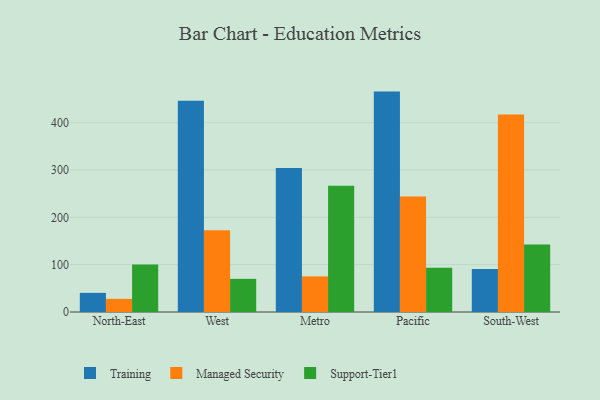
{"axis": {"x": "Region", "y": "Revenue (USD Million)"}, "legend": ["Managed Security", "Support-Tier1", "Training"], "data": [{"x": "North-East", "y": 40.4, "type": "Training"}, {"x": "North-East", "y": 27.8, "type": "Managed Security"}, {"x": "North-East", "y": 100.1, "type": "Support-Tier1"}, {"x": "West", "y": 446.0, "type": "Training"}, {"x": "West", "y": 172.5, "type": "Managed Security"}, {"x": "West", "y": 70.0, "type": "Support-Tier1"}, {"x": "Metro", "y": 303.9, "type": "Training"}, {"x": "Metro", "y": 75.2, "type": "Managed Security"}, {"x": "Metro", "y": 266.6, "type": "Support-Tier1"}, {"x": "Pacific", "y": 465.5, "type": "Training"}, {"x": "Pacific", "y": 244.2, "type": "Managed Security"}, {"x": "Pacific", "y": 93.4, "type": "Support-Tier1"}, {"x": "South-West", "y": 90.6, "type": "Training"}, {"x": "South-West", "y": 417.3, "type": "Managed Security"}, {"x": "South-West", "y": 142.4, "type": "Support-Tier1"}]}